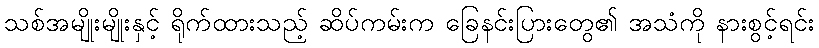
သစ်အမျိုးမျိုးနှင့် ရိုက်ထားသည့် ဆိပ်ကမ်းက ခြေနင်းပြားတွေ၏ အသံကို နားစွင့်ရင်း